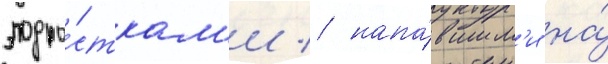
подро́сткам'и / напа́вшим'и на́